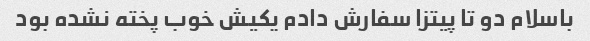
باسلام دو تا پیتزا سفارش دادم یکیش خوب پخته نشده بود